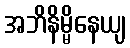
အဘိနိမ္မိနေယျ